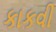
કાકવી